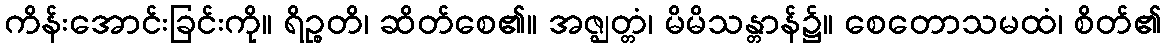
ကိန်းအောင်းခြင်းကို။ ရိဉ္စတိ၊ ဆိတ်စေ၏။ အဇ္ဈတ္တံ၊ မိမိသန္တာန်၌။ စေတောသမထံ၊ စိတ်၏